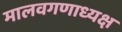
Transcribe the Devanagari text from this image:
मालवगणाध्यक्ष